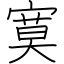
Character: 寞